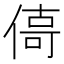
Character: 㑸